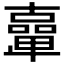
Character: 𠧉